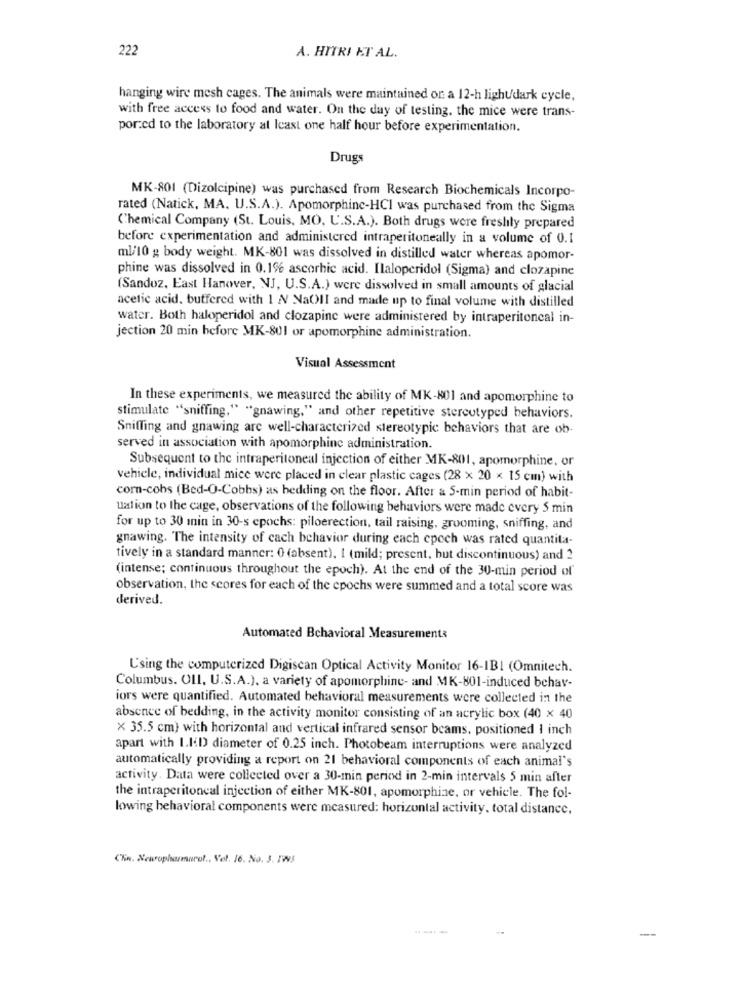
222
A. HITRI ET AL.
hanging wire mesh cages. The animals were maintained on a 12-h lightdark cycle,
with free access to food and water. On the day of testing, the mice were trans-
por:ed to the laboratory at least one half hour before experimentation.
Drugs
MK-801 (Dizolcipine) was purchased from Research Biochemicals Incorpo-
rated (Natick, MA. U.S.A.). Apomorphine-HCI was purchased from the Sigma
Chemical Company (St. Louis, MO, U.S.A.). Both drugs were freshly prepared
before experimentation and administered intraperitoneally in a volume of 0.1
ml/10 g body weight. MK-801 was dissolved in distilled water whereas apomor-
phine was dissolved in 0.1% ascorbic acid. Ilaloperidol (Sigma) and clozapine
(Sandoz, East Hanover, NJ, U.S.A.) were dissolved in small amounts of glacial
acetic acid. butfered with 1 A NaOII and made up to final volume with distilled
water. Both haloperidol and clozapine were administered by intraperitoneal in-
jection 20 min before MK-801 or apomorphine administration.
Visual Assessment
In these experiments, we measured the ability of MK-801 and apomorphine to
stimulate "sniffing," "gnawing," and other repetitive stereotyped behaviors.
Sniffing and gnawing are well-characterized stereotypic behaviors that are ob-
served in association with apomorphine administration.
Subsequent to the intraperitoneal injection of either MK-801, apomorphine, or
vehicle, individual mice were placed in clear plastic cages (28 x 20 x 15 cm) with
corn-cobs (Bed-O-Cobbs) as bedding on the floor. After & S-min period of habit-
uation to the cage, observations of the following behaviors were made every 5 min
for up to 30 min in 30-s epochs: piloerection, tail raising, grooming, sniffing, and
gnawing. The intensity of cach behavior during each cpoch was rated quantita-
tively in a standard manner: 0 (absent), I (mild; present, but discontinuous) and 2
(intense; continuous throughout the epoch). At the end of the 30-min period of
observation, the scores for each of the epochs were summed and a total score was
derived.
Automated Behavioral Measurements
Using the computerized Digiscan Optical Activity Monitor 16-IBI (Omnitech.
Columbus. OIl, U.S.A.), a variety of apomorphine- and MK-801-induced behav-
iors were quantified. Automated behavioral measurements were collected in the
absence of bedding, in the activity monitor consisting of an acrylic box (40 x 40
× 35.5 cm) with horizontal and vertical infrared sensor beams, positioned 1 inch
apart with I.I'D diameter of 0.25 inch. Photobeam interruptions were analyzed
automatically providing a report on 21 behavioral components of each animal's
activity. Data were collected over a 30-min period in 2-min intervals 5 min after
the intraperitoneal injection of either MK-801, apomorphine, or vehicle. The fol-
lowing behavioral components were measured: horizontal activity. total distance,
Chin. Newopharmarol ., Vol. 16. No. 3. 1W3
--.-
--